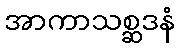
အာကာသစ္ဆဒနံ